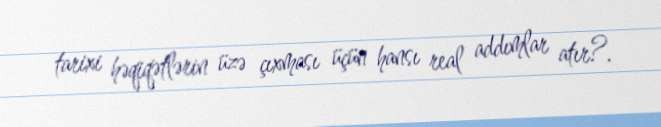
tarixi həqiqətlərin üzə çıxması üçün hansı real addımlar atır?.